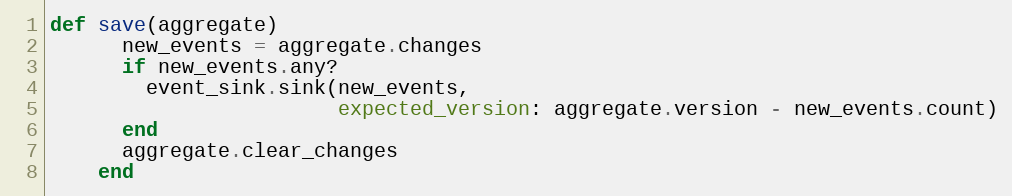
Language: Ruby
def save(aggregate)
      new_events = aggregate.changes
      if new_events.any?
        event_sink.sink(new_events,
                        expected_version: aggregate.version - new_events.count)
      end
      aggregate.clear_changes
    end